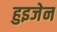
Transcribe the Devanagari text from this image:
हुइजेन